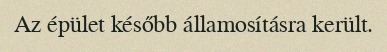
Az épület később államosításra került.